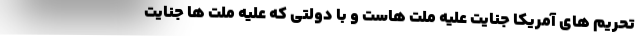
تحریم های آمریکا جنایت علیه ملت هاست و با دولتی که علیه ملت ها جنایت